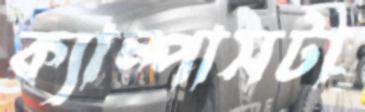
ক্যাম্পাসটা